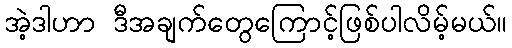
အဲ့ဒါဟာ ဒီအချက်တွေကြောင့်ဖြစ်ပါလိမ့်မယ်။